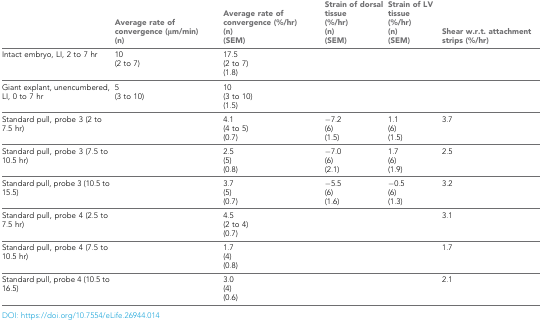
<table><thead><tr><td></td><td><b>Average rate of convergence (μm/min) (n)</b></td><td><b>Average rate of convergence (%/hr) (n) (SEM)</b></td><td><b>Strain of dorsal tissue (%/hr) (n) (SEM)</b></td><td><b>Strain of LV tissue (%/hr) (n) (SEM)</b></td><td><b>Shear w.r.t. attachment strips (%/hr)</b></td></tr></thead><tbody><tr><td>Intact embryo, LI, 2 to 7 hr</td><td>10 (2 to 7)</td><td>17.5 (2 to 7) (1.8)</td><td></td><td></td><td></td></tr><tr><td>Giant explant, unencumbered, LI, 0 to 7 hr</td><td>5 (3 to 10)</td><td>10 (3 to 10) (1.5)</td><td></td><td></td><td></td></tr><tr><td>Standard pull, probe 3 (2 to 7.5 hr)</td><td></td><td>4.1 (4 to 5) (0.7)</td><td>−7.2 (6) (1.5)</td><td>1.1 (6) (1.5)</td><td>3.7</td></tr><tr><td>Standard pull, probe 3 (7.5 to 10.5 hr)</td><td></td><td>2.5 (5) (0.8)</td><td>−7.0 (6) (2.1)</td><td>1.7 (6) (1.9)</td><td>2.5</td></tr><tr><td>Standard pull, probe 3 (10.5 to 15.5)</td><td></td><td>3.7 (5) (0.7)</td><td>−5.5 (6) (1.6)</td><td>−0.5 (6) (1.3)</td><td>3.2</td></tr><tr><td>Standard pull, probe 4 (2.5 to 7.5 hr)</td><td></td><td>4.5 (2 to 4) (0.7)</td><td></td><td></td><td>3.1</td></tr><tr><td>Standard pull, probe 4 (7.5 to 10.5 hr)</td><td></td><td>1.7 (4) (0.8)</td><td></td><td></td><td>1.7</td></tr><tr><td>Standard pull, probe 4 (10.5 to 16.5)</td><td></td><td>3.0 (4) (0.6)</td><td></td><td></td><td>2.1</td></tr></tbody></table>